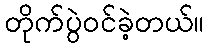
တိုက်ပွဲဝင်ခဲ့တယ်။